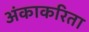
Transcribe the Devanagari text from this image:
अंकाकरिता